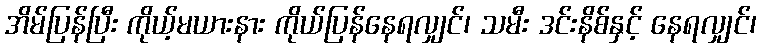
အိမ်ပြန်ပြီး ကိုယ့်မယားနား ကိုယ်ပြန်နေရလျှင်၊ သမီး ဒင်းနိစ်နှင့် နေရလျှင်၊